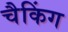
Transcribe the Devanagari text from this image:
चैकिंग